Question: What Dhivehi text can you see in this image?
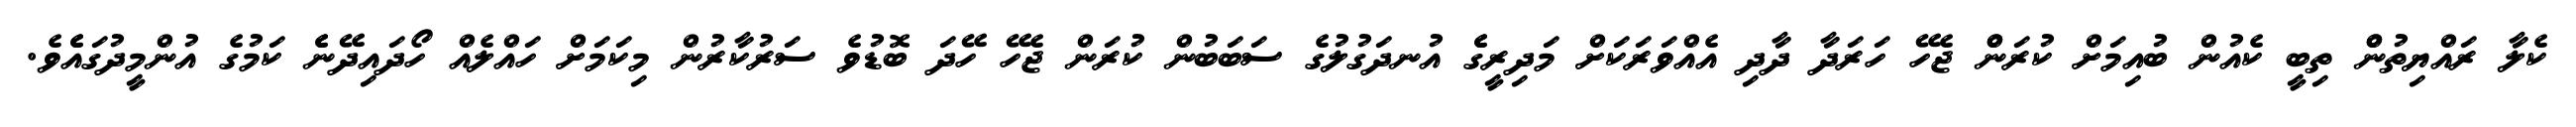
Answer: ކެލާ ރައްޔިތުންް ތިބީ ކެއުން ބުއިމަށް ކުރަންް ޖެހޭ ހަރަދާ ދާދި އެއްވަރަކަށް މަދިރީގެެ އުނދަގުލުގެ ސަބަބުން ކުރަން ޖެހޭ ހޭދަ ބޮޑުވެ ސަރުކާރުން މިކަމަށް ހައްލެއް ހޯދައިދޭނެެ ކަމުގެ އުންމީދުގައެެވެ.